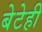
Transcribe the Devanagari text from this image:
बेटेही